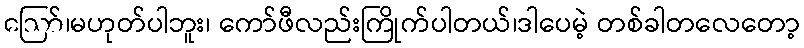
ဪ၊မဟုတ်ပါဘူး၊ ကော်ဖီလည်းကြိုက်ပါတယ်၊ဒါပေမဲ့ တစ်ခါတလေတော့